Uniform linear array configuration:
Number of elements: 12
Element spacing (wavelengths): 0.5
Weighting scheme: binomial
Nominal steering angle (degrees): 60
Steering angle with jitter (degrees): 59.09
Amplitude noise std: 0.05
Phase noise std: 0.05

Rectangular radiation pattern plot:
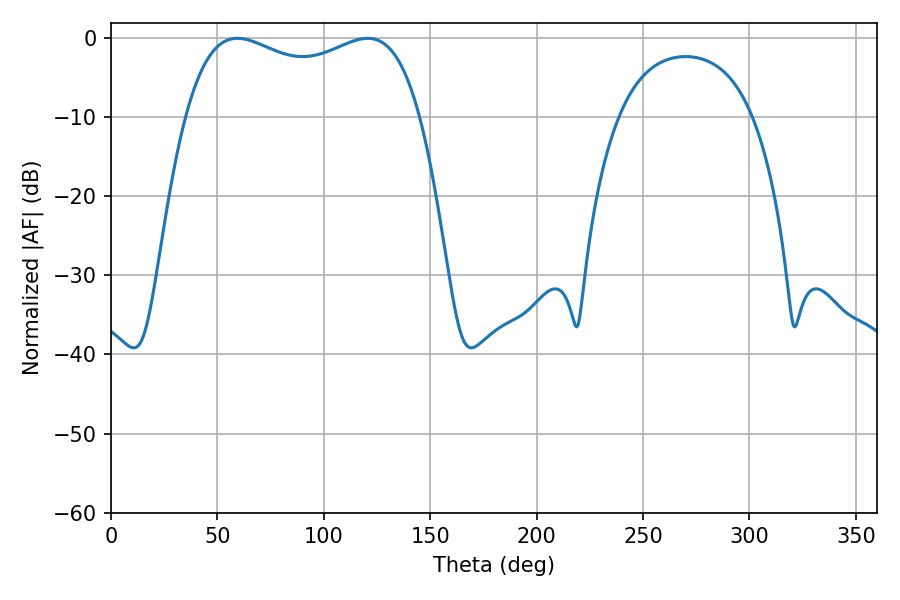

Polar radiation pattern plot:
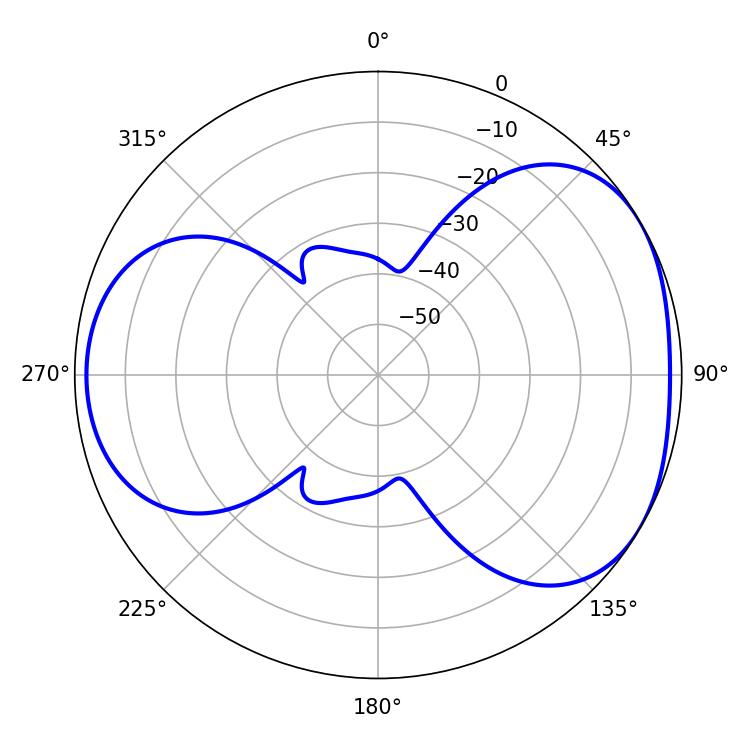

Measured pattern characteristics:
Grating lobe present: FALSE
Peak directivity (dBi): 4.263
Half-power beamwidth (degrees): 90.72
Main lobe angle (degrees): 59.4